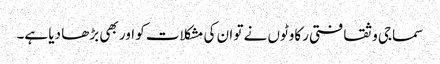
سماجی و ثقافتی رکاوٹوں نے تو ان کی مشکلات کو اور بھی بڑھا دیا ہے۔